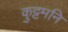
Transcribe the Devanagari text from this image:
कुट्टमनि